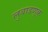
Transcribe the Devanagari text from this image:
लुबाडणूक